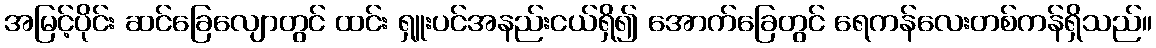
အမြင့်ပိုင်း ဆင်ခြေလျောတွင် ထင်း ရှူးပင်အနည်းငယ်ရှိ၍ အောက်ခြေတွင် ရေကန်လေးတစ်ကန်ရှိသည်။